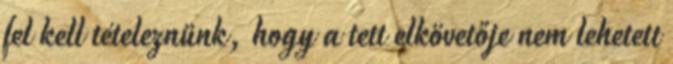
fel kell tételeznünk, hogy a tett elkövetője nem lehetett